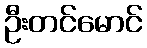
ဦးတင်မောင်